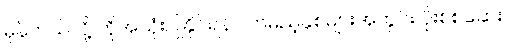
မှန်တယ်လို့ ကိုအသုံးပြုနိုင်ရန် လာမည့်နှစ်များအတွင်း ပိုးစစ်ဆေး